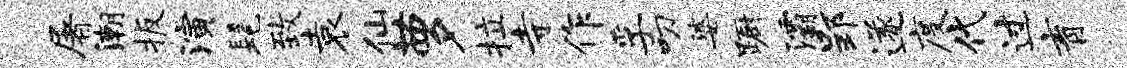
屠潮扳演髦致袁仙萝拉寺作孚叨婆蹰灞郢遂度代过育